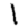
Digit: 1